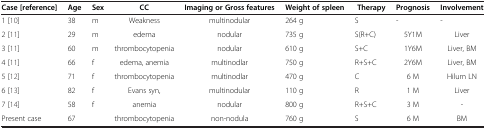
<table><thead><tr><td><b>Case [reference]</b></td><td><b>Age</b></td><td><b>Sex</b></td><td><b>CC</b></td><td><b>Imaging or Gross features</b></td><td><b>Weight of spleen</b></td><td><b>Therapy</b></td><td><b>Prognosis</b></td><td><b>Involvement</b></td></tr></thead><tbody><tr><td>1 [10]</td><td>38</td><td>m</td><td>Weakness</td><td>multinodular</td><td>264 g</td><td>S</td><td>-</td><td>-</td></tr><tr><td>2 [11]</td><td>29</td><td>m</td><td>edema</td><td>nodular</td><td>735 g</td><td>S(R+C)</td><td>5Y1M</td><td>Liver</td></tr><tr><td>3 [11]</td><td>60</td><td>m</td><td>thrombocytopenia</td><td>nodular</td><td>610 g</td><td>S+C</td><td>1Y6M</td><td>Liver, BM</td></tr><tr><td>4 [11]</td><td>66</td><td>f</td><td>edema, anemia</td><td>multinodlar</td><td>750 g</td><td>R+S+C</td><td>2Y6M</td><td>Liver, BM</td></tr><tr><td>5 [12]</td><td>71</td><td>f</td><td>thrombocytopenia</td><td>multinodlar</td><td>470 g</td><td>C</td><td>6 M</td><td>Hilum LN</td></tr><tr><td>6 [13]</td><td>82</td><td>f</td><td>Evans syn,</td><td>multinodular</td><td>110 g</td><td>R</td><td>1 M</td><td>Liver</td></tr><tr><td>7 [14]</td><td>58</td><td>f</td><td>anemia</td><td>nodular</td><td>800 g</td><td>R+S+C</td><td>3 M</td><td>-</td></tr><tr><td>Present case</td><td>67</td><td> </td><td>thrombocytopenia</td><td>non-nodula</td><td>760 g</td><td>S</td><td>6 M</td><td>BM</td></tr></tbody></table>